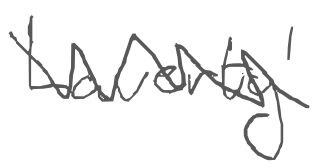
Text: Laverty'
Cross-out: zig-zag
Writing tool: digital_gray